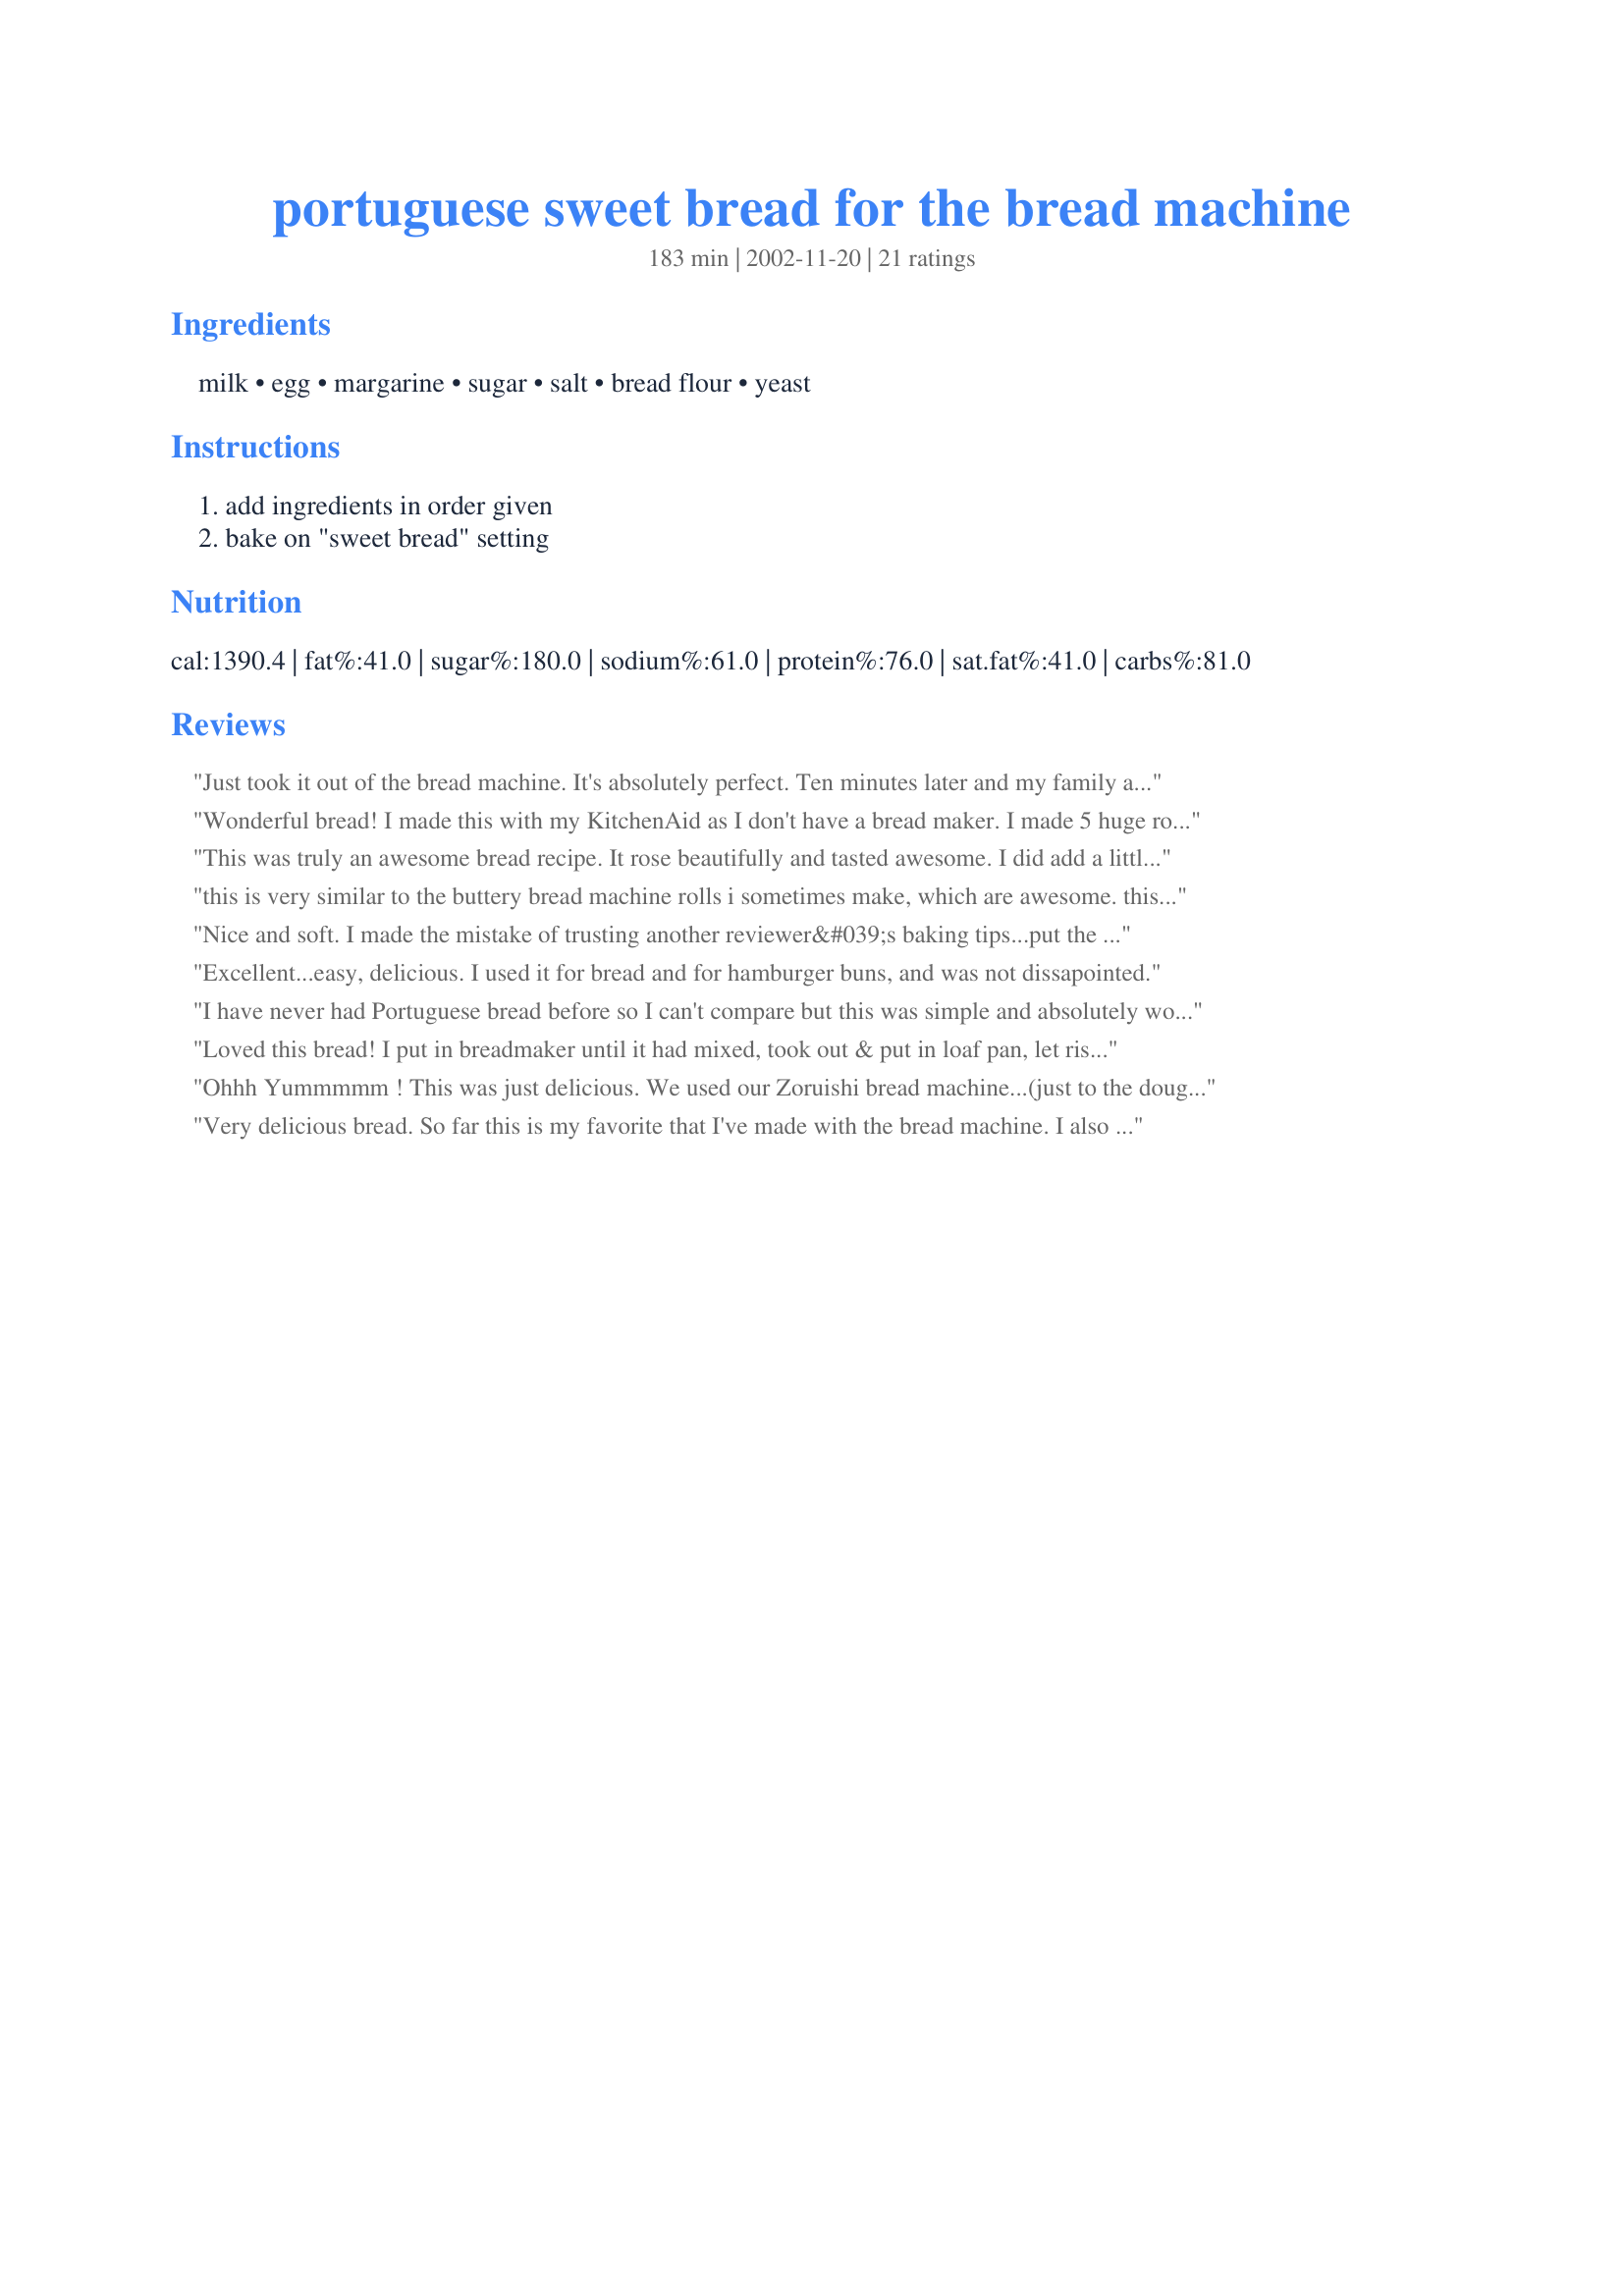
portuguese sweet bread for the bread machine
Preparation time: 183 minutes

Ingredients:
milk, egg, margarine, sugar, salt, bread flour, yeast

Steps:
add ingredients in order given, bake on "sweet bread" setting

Reviews:
Just took it out of the bread machine. It's absolutely perfect. Ten minutes later and my family ate half the loaf.
Wonderful bread! I made this with my KitchenAid as I don't have a bread maker. I made 5 huge rolls out of it for sandwiches and used in recipe #57416. I did 1/2 c sugar as another reviewer for extra sweetness. Thanks, southern chef in louisiana!
This was truly an awesome bread recipe. It rose beautifully and tasted awesome. I did add a little more sugar, I like it sweet. I also added some orange extract and a few handfulls of shreded coconut. It was a very good bread.
this is very similar to the buttery bread machine rolls i sometimes make, which are awesome. this has much less butter which is just what i was looking for tonight since we're running low. i used homemade real butter and a bit more flour to make the dough workable. i don't have a bread machine so i heated the milk in the microwave and added the sugar, yeast, egg, and butter to it. i also added a tsp of cinnamon to the flour and salt and then dumped in the wet mixture. rose in a slightly warm oven, shaped into a loaf, then rose again and baked at 350 for 30 min as per a previous reviewer's suggestion. this turned out lightly sweet and lovely, thanks!
Nice and soft. I made the mistake of trusting another reviewer&#039;s baking tips...put the oven on 350 and didn&#039;t check the bread til 28 minutes later. Might work in other ovens, but for my rolls...they were too well done.
Excellent...easy, delicious. I used it for bread and for hamburger buns, and was not dissapointed.
I have never had Portuguese bread before so I can't compare but this was simple and absolutely wonderful. I followed the recipe to a T and it did not disappoint. The only thing I did do was brush a little butter on top the last five minutes. I made this late last night (9p.m) and it was done by 12-midnight or so. I couldn't resist tasting it so I sliced it almost right away. My family and I already finished the loaf early this evening. I just started another loaf in the bread maker. I can't wait to have more of this wonderful bread tomorrow morning! I will try to make rolls with this next!
Loved this bread! I put in breadmaker until it had mixed, took out & put in loaf pan, let rise & then baked at 350 for 30 minutes!. The only thing I would change would be to egg wash the top so it would brown a bit more. The flavor is just delicious.
Ohhh Yummmmm !
This was just delicious. We used our Zoruishi bread machine...(just to the dough cycle)..take it out and it made two loaves. Thank you for sharing !! what would I do without Zaar.
 :) rickie
Very delicious bread. So far this is my favorite that I've made with the bread machine. I also found it easy to cut.
This was an excellent bread. BUT! I have to say that I have never eaten a portugese sweet bread so I do not know what it taste like. But as a bread...this is wonderful. Extremely fluffy inside, just how I like my bread. I substituted the butter for two tablespoon of applesauce, and it still turned out great. I was in the mood for some nuts, so I added 1/3 cup sunflower seeds, and 1/2 cup of walnuts. This is just wonderful! When cooled, it cuts really well. Try this bread, you won't regret it.
So easy, so light...SO YUMMY! Thanks for posting this awesomely easy bread recipe. :D
i made these by hand and made them into 12 rolls. i added an extra 2 tbsp of margarine. they turned out really soft with a great texture. i don't think it tastes exactly like portuguese sweet bread for me, just regular sweet dinner rolls.
This is delightfully simple. I had to scrape the sides several times while it was mixing. When done baking, I would estimate that this loaf is close to 1 1/2 lbs. The result was a delicious dense bread with a hint of sweetness. It reminded me of the Hawaiian sweet rolls you can buy at the grocery store. I toasted my slice and topped with a little butter. Yum!
I made the bread exactly as described in the recipe but it rose above my ABM pan & pressed against the top, so there was an unbrowned spot on the top crust. Otherwise, it's a wonderful loaf, not too sweet & a nice texture.
bxmye
So Good! Ended up having to use 3 1/2 cups flour--dough was super sticky before the extra half-cup. Did everything else as indicated in the recipe. Tastes wonderful!!
Very good bread. I added 1 tsp each of lemon and orange extracts, and I also added 1 tbs. of vital wheat gluten (I add it to all my breads). Smelled wonderful while baking, and made great toast the next day (loved it with Strawberry Brummel & Brown spread). The only reason I didn't give it 5 stars is because the crust didn't come out with quite the same chewy texture as the loaves I get from the Portuguese bakery (maybe they egg-wash it?). Will make it again, nonetheless.
very good. Will make again.
I would give you 10 STARS if I could. This is the best bread I have ever made, hands down! I did use Organic Vanilla Flavored (lightly sweetened) Almond Milk in place of the regular milk. Excellent results and so easy to make. I am going to serve it tonight with chicken salad. THANKS for a recipe I will use forever. Tagged for October Photo Challenge: Northern Mediterranean and Eastern Europe. UPDATE: I made this tonight as written and the 2 lb loaf does not fit in my ABM. 1.5 lb would be perfect.
This is a great bread. We love it. It is so good that I decided to make french toast with it and it held up so well. I am going to make french toast with it for Christmas morning. That is how good it is. Thanks scil.
Very tasty bread. Light, airy and a little flaky. Sweet dessert taste without being overwhelming. This bread would be wonderful with honey butter. I put the ingredients in as my bread machine instructs, dry ingredients, make a well, wet ingredients, yeast on top. I did have to add bits of flour as it mixed to keep it from sticking.
